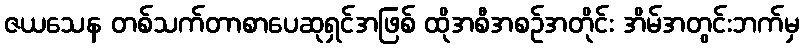
ဇယသေန တစ်သက်တာစာပေဆုရှင်အဖြစ် ထိုအစီအစဉ်အတိုင်း အိမ်အတွင်းဘက်မှ